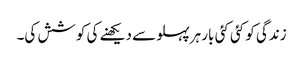
زندگی کو کئی کئی بار ہرپہلو سے دیکھنے کی کوشش کی۔